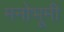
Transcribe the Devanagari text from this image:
मनोभूमी